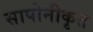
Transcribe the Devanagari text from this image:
सापोनीकृत